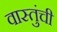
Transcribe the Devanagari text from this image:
वास्तुंची